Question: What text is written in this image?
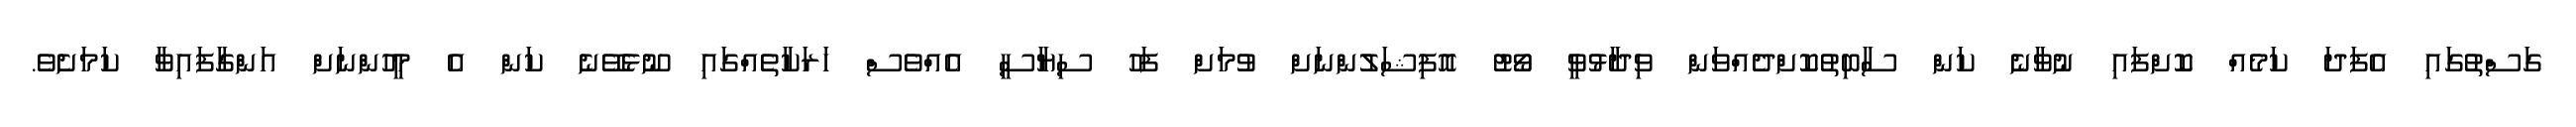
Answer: ގަސްތުގައި އެފަދަ ކަމެއް ކޮށްފައި ނުވާނެ ކަން ސާބިތުކޮށްދެއްވަން ވިދާޅުވީ ވޯޓު އޮފިޝަލުންނަށް ވުމަށް ފަހު ސިޔާސީ އެއްވެސް ހަރަކާތެއްގައި ނޫޅެވޭނެ ކަން އެ މީހުންނަށް އަންގާފައިވާ ކަމަށެވެ.